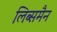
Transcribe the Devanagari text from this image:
लिब्समैन